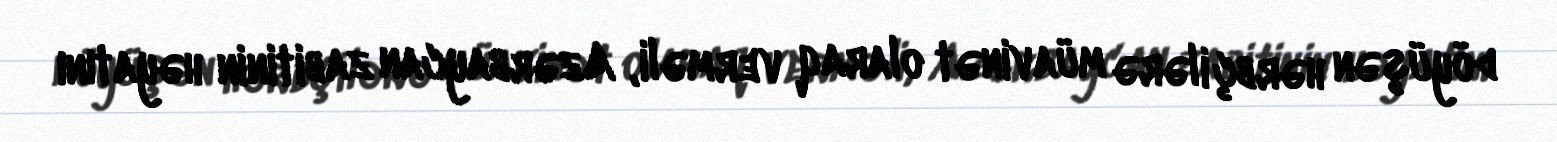
döyüşən hərbçilərə müavinət olaraq verməli, Azərbaycan zabitinin həyatını